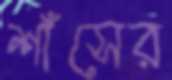
শাঁসের